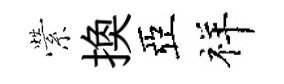
縈换亞祥